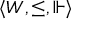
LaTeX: \langle W , \leq , \Vdash \rangle